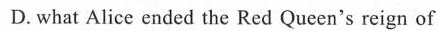
D. what Alice ended the Red Queen's reign of